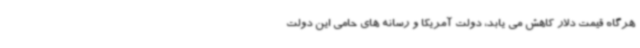
هرگاه قیمت دلار کاهش می یابد، دولت آمریکا و رسانه های حامی این دولت